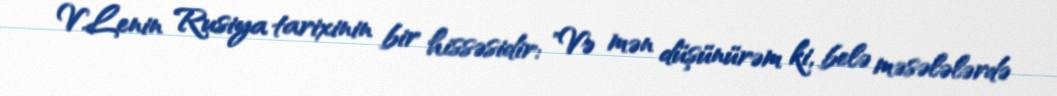
V.Lenin Rusiya tarixinin bir hissəsidir: "Və mən düşünürəm ki, belə məsələlərdə